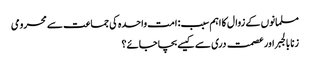
مسلمانوں کے زوال کا اہم سبب: امت واحدہ کی جماعت سے محرومی
زنا بالجبر اور عصمت دری سے کیسے بچا جائے؟